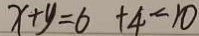
x + y = 6 + 4 = 1 0